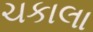
ચકાલા